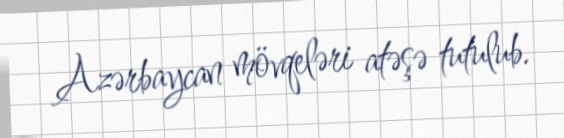
Azərbaycan mövqeləri atəşə tutulub.